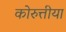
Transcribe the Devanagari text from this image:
कोरुत्तीया